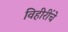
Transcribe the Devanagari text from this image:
विहीरींचे